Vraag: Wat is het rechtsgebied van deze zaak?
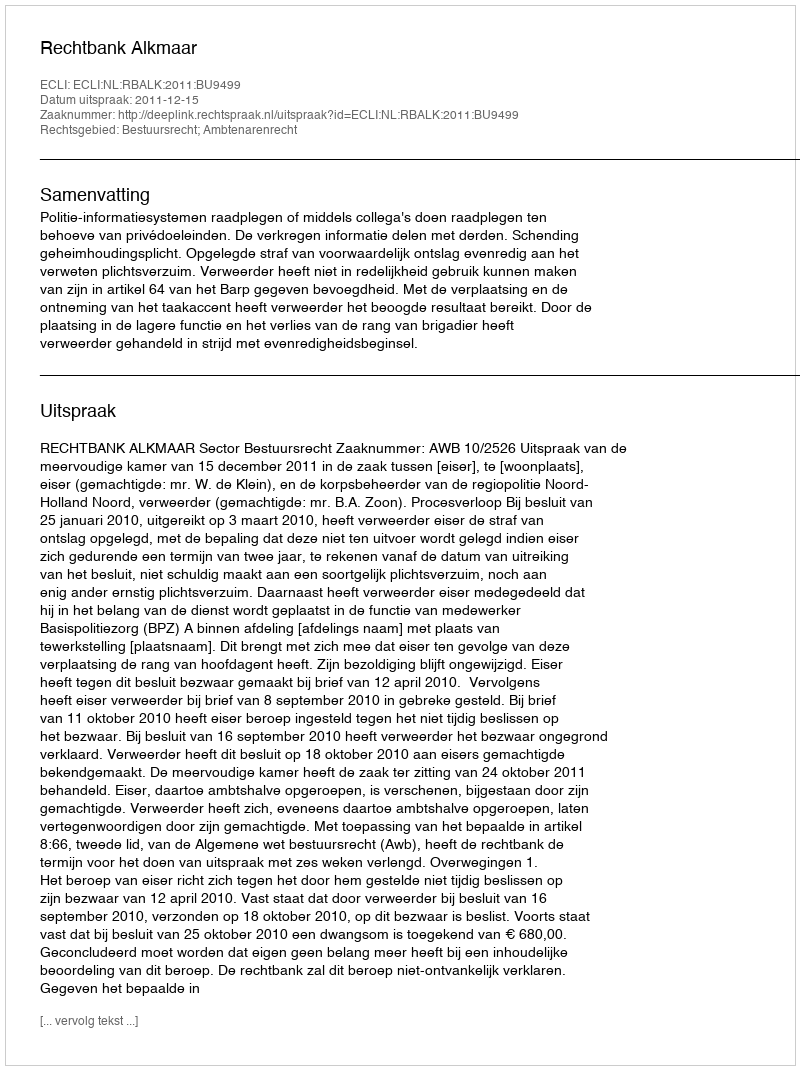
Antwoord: Bestuursrecht; Ambtenarenrecht